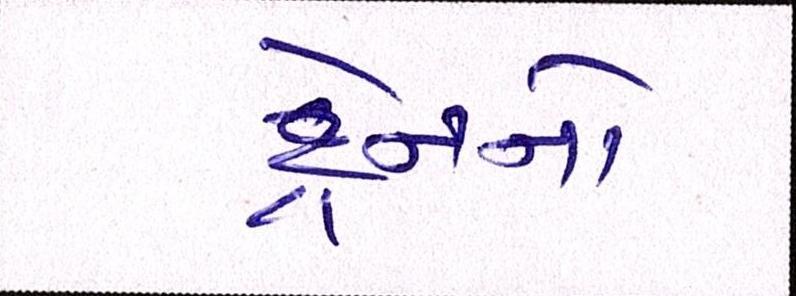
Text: ટ્રેનનો